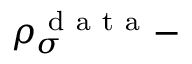
\rho _ { \sigma } ^ { \mathrm { ~ d ~ a ~ t ~ a ~ } } -